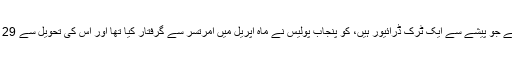
ذرائع کا کہنا ہے کہ ہلال احمد وگے جو پیشے سے ایک ٹرک ڈرائیور ہیں، کو پنجاب پولیس نے ماہ اپریل میں امرتسر سے گرفتار کیا تھا اور اس کی تحویل سے 29 لاکھ روپے برآمد کیے گئے تھے۔